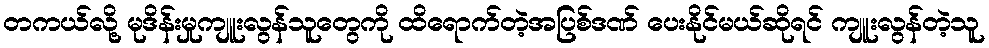
တကယ်လို့ မုဒိန်းမှုကျူးလွန်သူတွေကို ထိရောက်တဲ့အပြစ်ဒဏ် ပေးနိုင်မယ်ဆိုရင် ကျူးလွန်တဲ့သူ